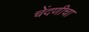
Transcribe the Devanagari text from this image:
चेंदणीचा